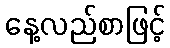
နေ့လည်စာဖြင့်